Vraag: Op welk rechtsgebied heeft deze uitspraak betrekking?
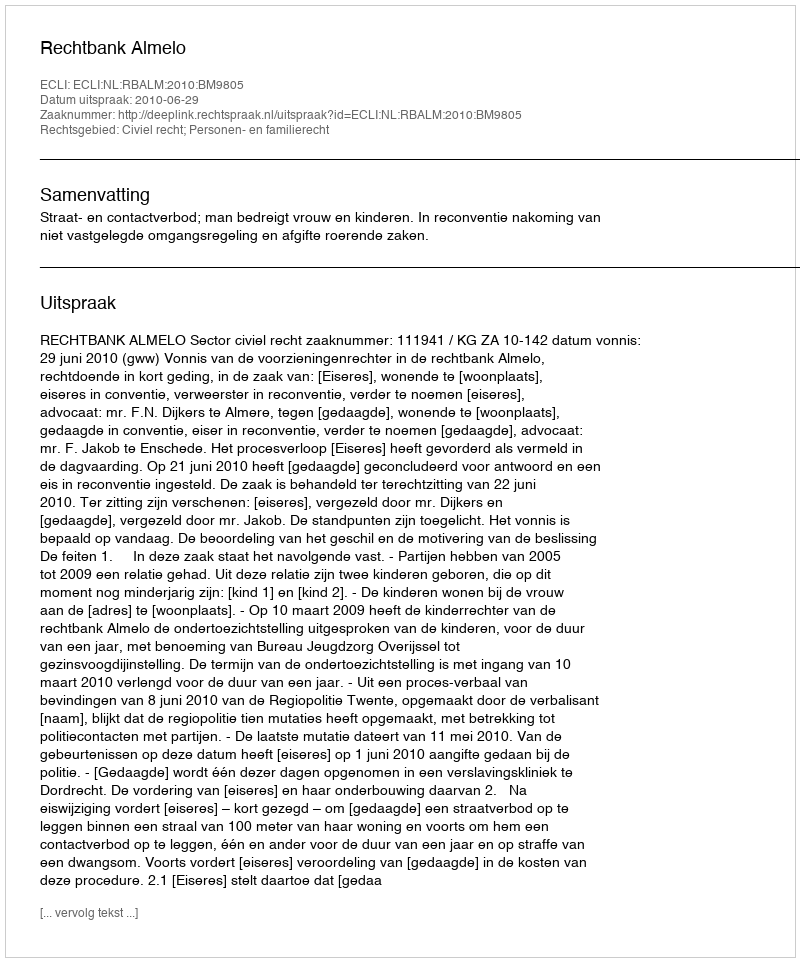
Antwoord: Civiel recht; Personen- en familierecht